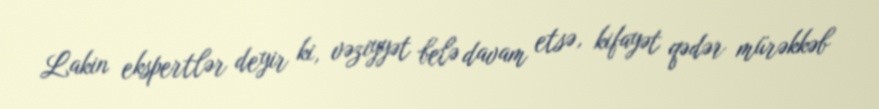
Lakin ekspertlər deyir ki, vəziyyət belə davam etsə, kifayət qədər mürəkkəb